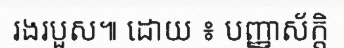
រងរបួស៕ ដោយ ៖ បញ្ញាស័ក្តិ